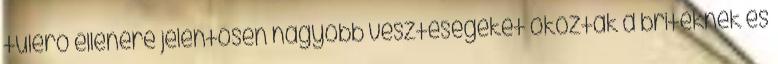
túlerő ellenére jelentősen nagyobb veszteségeket okoztak a briteknek és